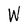
Character: W